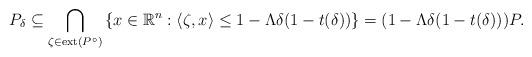
LaTeX: \begin{align*}P_{\delta}\subseteq \bigcap_{\zeta\in\mathrm{ext}(P^{\circ})} \left\{x\in\mathbb{R}^n:\langle\zeta, x\rangle\leq 1-\Lambda\delta(1-t(\delta))\right\}=(1-\Lambda\delta(1-t(\delta)))P.\end{align*}